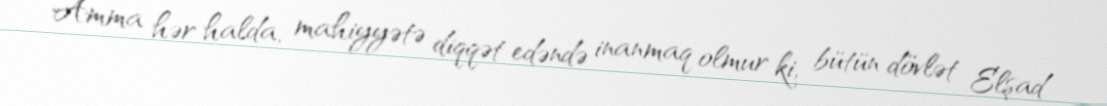
Amma hər halda, mahiyyətə diqqət edəndə inanmaq olmur ki, bütün dövlət Elşad